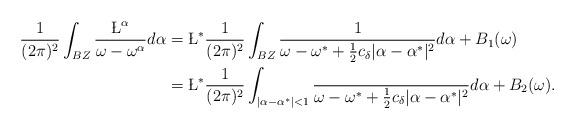
LaTeX: \begin{align*}\frac{1}{(2\pi)^2}\int_{BZ}\frac{\L^\alpha}{\omega-\omega^\alpha} d\alpha &= \L^*\frac{1}{(2\pi)^2}\int_{BZ} \frac{1}{\omega - \omega^*+\frac{1}{2} c_\delta |\alpha-\alpha^*|^2} d\alpha + B_1(\omega)\\&=\L^*\frac{1}{(2\pi)^2}\int_{|\alpha-\alpha^*|<1} \frac{}{\omega - \omega^*+\frac{1}{2} c_\delta |\alpha-\alpha^*|^2} d\alpha + B_2(\omega).\end{align*}